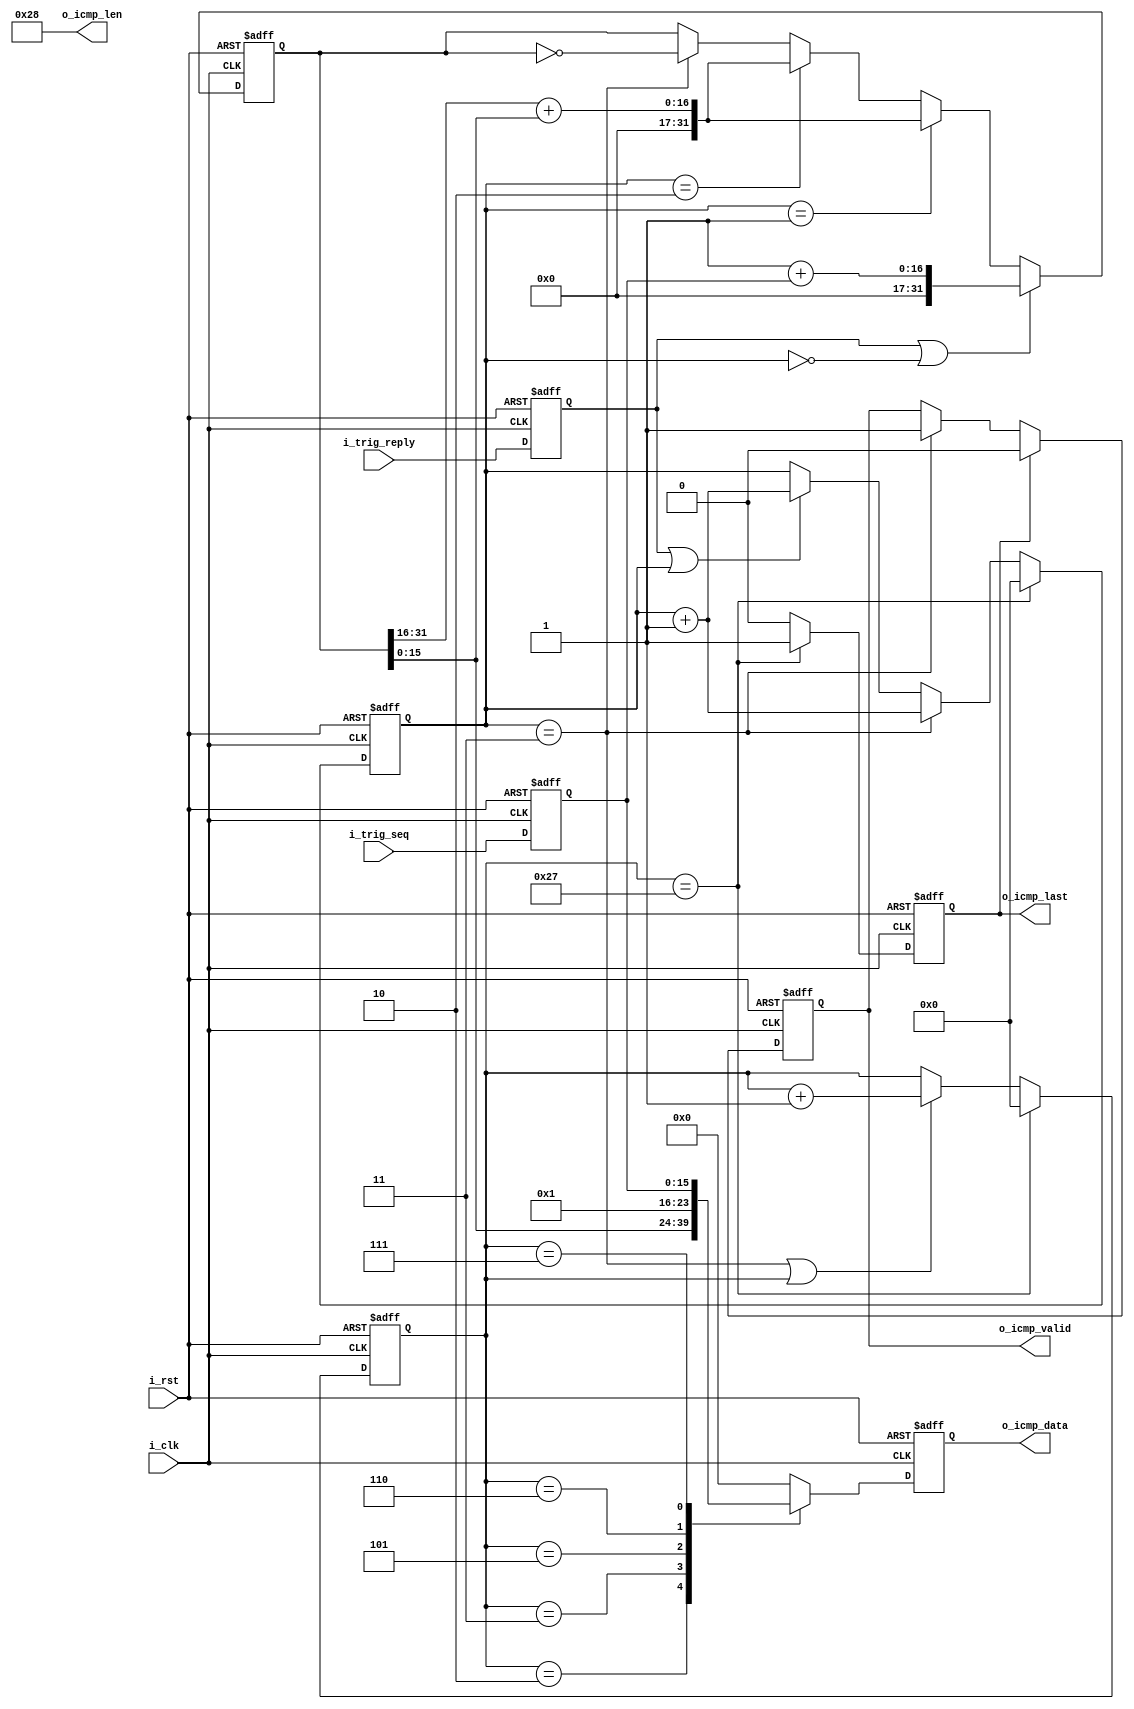
`timescale 1ns / 1ps
//////////////////////////////////////////////////////////////////////////////////
// Company: 
// Engineer: 
// 
// Design Name: 
// Module Name: ICMP_TX
// Project Name: 
// Target Devices: 
// Tool Versions: 
// Description: 
// 
// Dependencies: 
// 
// Revision:
// Revision 0.01 - File Created
// Additional Comments:
// 
//////////////////////////////////////////////////////////////////////////////////


module ICMP_TX(
    input               i_clk           ,
    input               i_rst           ,
    
    input               i_trig_reply    ,
    input  [15:0]       i_trig_seq      ,
    // input               i_active_req    ,
    // input  [15:0]       i_active_seq    ,
    /*----send port----*/
    output [7 :0]       o_icmp_data     ,
    output [15:0]       o_icmp_len      ,
    output              o_icmp_last     ,
    output              o_icmp_valid    
);
/******************************function***************************/

/******************************parameter**************************/
localparam      P_ICMP_LEN  =   15'd40;
localparam      P_ICMP_REPLY_TYPE   =   8'd0;
localparam      P_ICMP_REQ_TYPE     =   8'd8;
/******************************port*******************************/

/******************************machine****************************/

/******************************reg********************************/
reg             ri_trig_reply   ;
reg  [15:0]     ri_trig_seq     ;
reg             ri_active_req   ;
reg  [15:0]     ri_active_seq   ;
reg  [7 :0]     ro_icmp_data    ;
reg             ro_icmp_last    ;
reg             ro_icmp_valid   ;
//
reg  [15:0]     r_icmp_cnt      ;
reg  [31:0]     r_checksum      ;
reg  [15:0]     r_check_cnt     ;
/******************************wire*******************************/

/******************************component**************************/

/******************************assign*****************************/
assign  o_icmp_data     =   ro_icmp_data    ;
assign  o_icmp_len      =   P_ICMP_LEN      ;
assign  o_icmp_last     =   ro_icmp_last    ;
assign  o_icmp_valid    =   ro_icmp_valid   ;
/******************************always*****************************/
always @(posedge i_clk or posedge i_rst) begin
    if(i_rst)begin
        ri_trig_reply <= 'd0;
        ri_trig_seq <= 'd0;  
        ri_active_req <= 'd0;
        ri_active_seq <= 'd0;      
    end
    else begin
        ri_trig_reply <= i_trig_reply;
        ri_trig_seq <= i_trig_seq;     
        // ri_active_req <= i_active_req;
        // ri_active_seq <= i_active_seq;
    end
end
//check sum
always @(posedge i_clk or posedge i_rst) begin
    if(i_rst)
        r_check_cnt <= 'd0;
    else if(r_icmp_cnt == P_ICMP_LEN - 1)
        r_check_cnt <= 'd0;
    else if(r_check_cnt == 3)
        r_check_cnt <= r_check_cnt + 'd1;
    else if(ri_trig_reply || r_check_cnt)
        r_check_cnt <= r_check_cnt + 'd1;
    else
        r_check_cnt <= r_check_cnt;
end

always @(posedge i_clk or posedge i_rst) begin
    if(i_rst)
        r_checksum <= 'd0;
    else if(ri_trig_reply || r_check_cnt == 0)
        r_checksum <= 16'h0001 + ri_trig_seq;
    else if(r_check_cnt == 1)
        r_checksum <= r_checksum[31:16] + r_checksum[15:0];
    else if(r_check_cnt == 2)
        r_checksum <= r_checksum[31:16] + r_checksum[15:0];
    else if(r_check_cnt == 3)
        r_checksum <= ~r_checksum;
    else
        r_checksum <= r_checksum;
end

always @(posedge i_clk or posedge i_rst) begin
    if(i_rst)
        r_icmp_cnt <= 'd0;
    else if(r_icmp_cnt == P_ICMP_LEN - 1)
        r_icmp_cnt <= 'd0;
    else if(r_check_cnt == 3 || r_icmp_cnt)
        r_icmp_cnt <= r_icmp_cnt + 'd1;
    else
        r_icmp_cnt <= r_icmp_cnt;
end

always @(posedge i_clk or posedge i_rst) begin
    if(i_rst)
        ro_icmp_data <= 'd0;
    else case (r_icmp_cnt)
        0       : ro_icmp_data <= P_ICMP_REPLY_TYPE;// 8: 0:
        1       : ro_icmp_data <= 'd0;// 0
        2       : ro_icmp_data <= r_checksum[15:8];//
        3       : ro_icmp_data <= r_checksum[7 :0];
        4       : ro_icmp_data <= 8'h00;// 16'h0001
        5       : ro_icmp_data <= 8'h01;
        6       : ro_icmp_data <= ri_trig_seq[15:8];//
        7       : ro_icmp_data <= ri_trig_seq[7 :0];
        default : ro_icmp_data <= 'd0;//
    endcase 
end
 
always @(posedge i_clk or posedge i_rst) begin
    if(i_rst)
        ro_icmp_valid <= 'd0;
    else if(ro_icmp_last)
        ro_icmp_valid <= 'd0;
    else if(r_check_cnt == 3)
        ro_icmp_valid <= 'd1;
    else
        ro_icmp_valid <= ro_icmp_valid;
end

always @(posedge i_clk or posedge i_rst) begin
    if(i_rst)
        ro_icmp_last <= 'd0;
    else if(r_icmp_cnt == P_ICMP_LEN - 1)
        ro_icmp_last <= 'd1;
    else
        ro_icmp_last <= 'd0;
end


endmodule